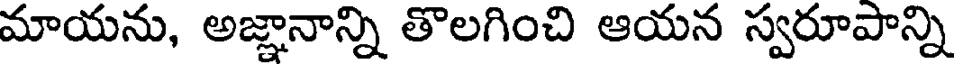
మాయను, అజ్ఞానాన్ని తొలగించి ఆయన స్వరూపాన్ని